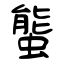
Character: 螚